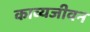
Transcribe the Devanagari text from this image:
काव्यजीवन